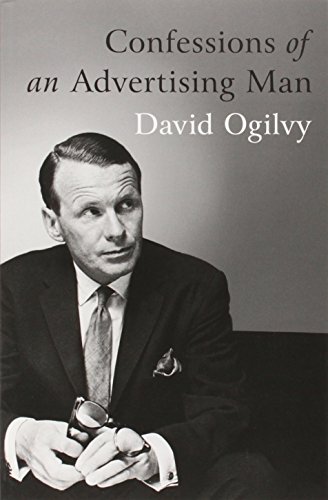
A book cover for Confessions of an Advertising Man; David Ogilvy; Business & Money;